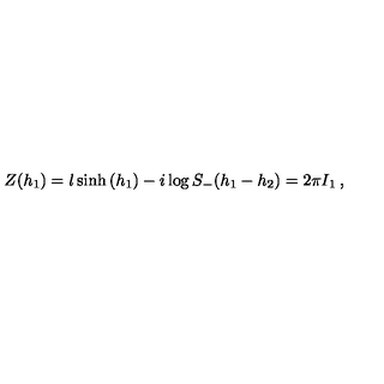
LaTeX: Z ( h _ { 1 } ) = l \sinh \left( h _ { 1 } \right) - i \log S _ { - } ( h _ { 1 } - h _ { 2 } ) = 2 \pi I _ { 1 } \: ,